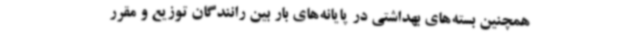
همچنین بسته‌های بهداشتی در پایانه‌های بار بین رانندگان توزیع و مقرر